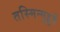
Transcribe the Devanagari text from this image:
तस्मिन्मुहूर्ते